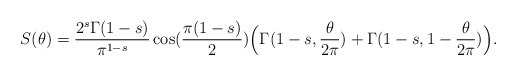
\begin{align*} S(\theta)=\frac{2^s\Gamma(1-s)}{\pi^{1-s}}\cos(\frac{\pi(1-s)}{2})\Bigr(\Gamma(1-s,\frac{\theta}{2\pi})+\Gamma(1-s,1-\frac{\theta}{2\pi})\Bigr).\end{align*}